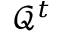
\mathcal { Q } ^ { t }